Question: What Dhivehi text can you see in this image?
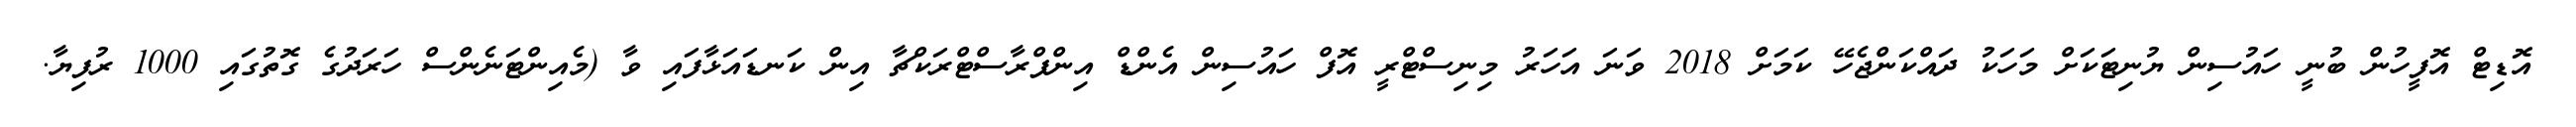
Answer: އޮޑިޓް އޮފީހުން ބުނީ ހައުސިން ޔުނިޓަކަށް މަހަކު ދައްކަންޖެހޭ ކަމަށް 2018 ވަނަ އަހަރު މިނިސްޓްރީ އޮފް ހައުސިން އެންޑް އިންފްރާސްޓްރަކްޗާ އިން ކަނޑައަޅާފައި ވާ (މެއިންޓަނެންސް ހަރަދުގެ ގޮތުގައި 1000 ރުފިޔާ.